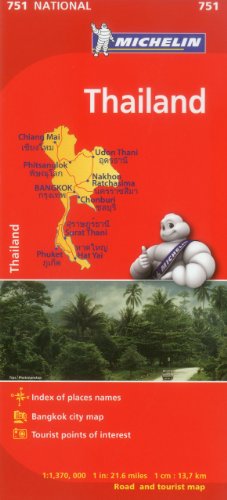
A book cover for Michelin Map Thailand 751 (Maps/Country (Michelin)); Michelin Travel & Lifestyle; Travel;